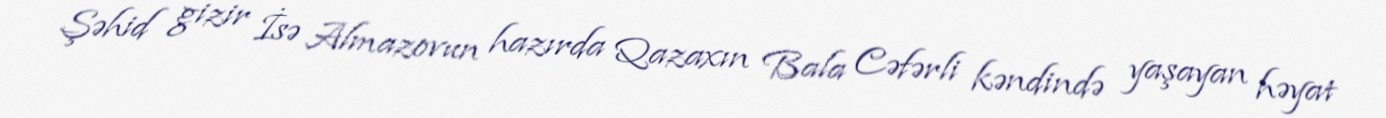
Şəhid gizir İsə Almazovun hazırda Qazaxın Bala Cəfərli kəndində yaşayan həyat